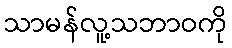
သာမန်လူ့သဘာဝကို